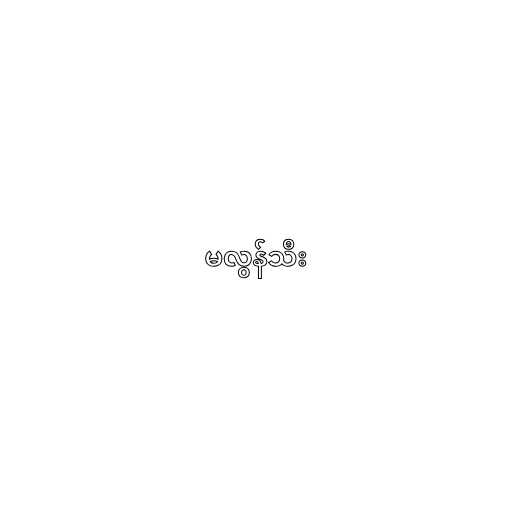
မလွန်သီး